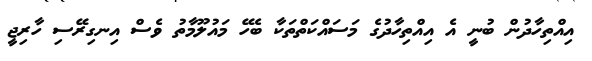
އިއްތިހާދުން ބުނީ އެ އިއްތިހާދުގެ މަސައްކަތްތަކާ ބެހޭ މައުލޫމާތު ވެސް އިނގިރޭސި ހާރިޖީ